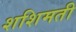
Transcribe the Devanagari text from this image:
शशिमती